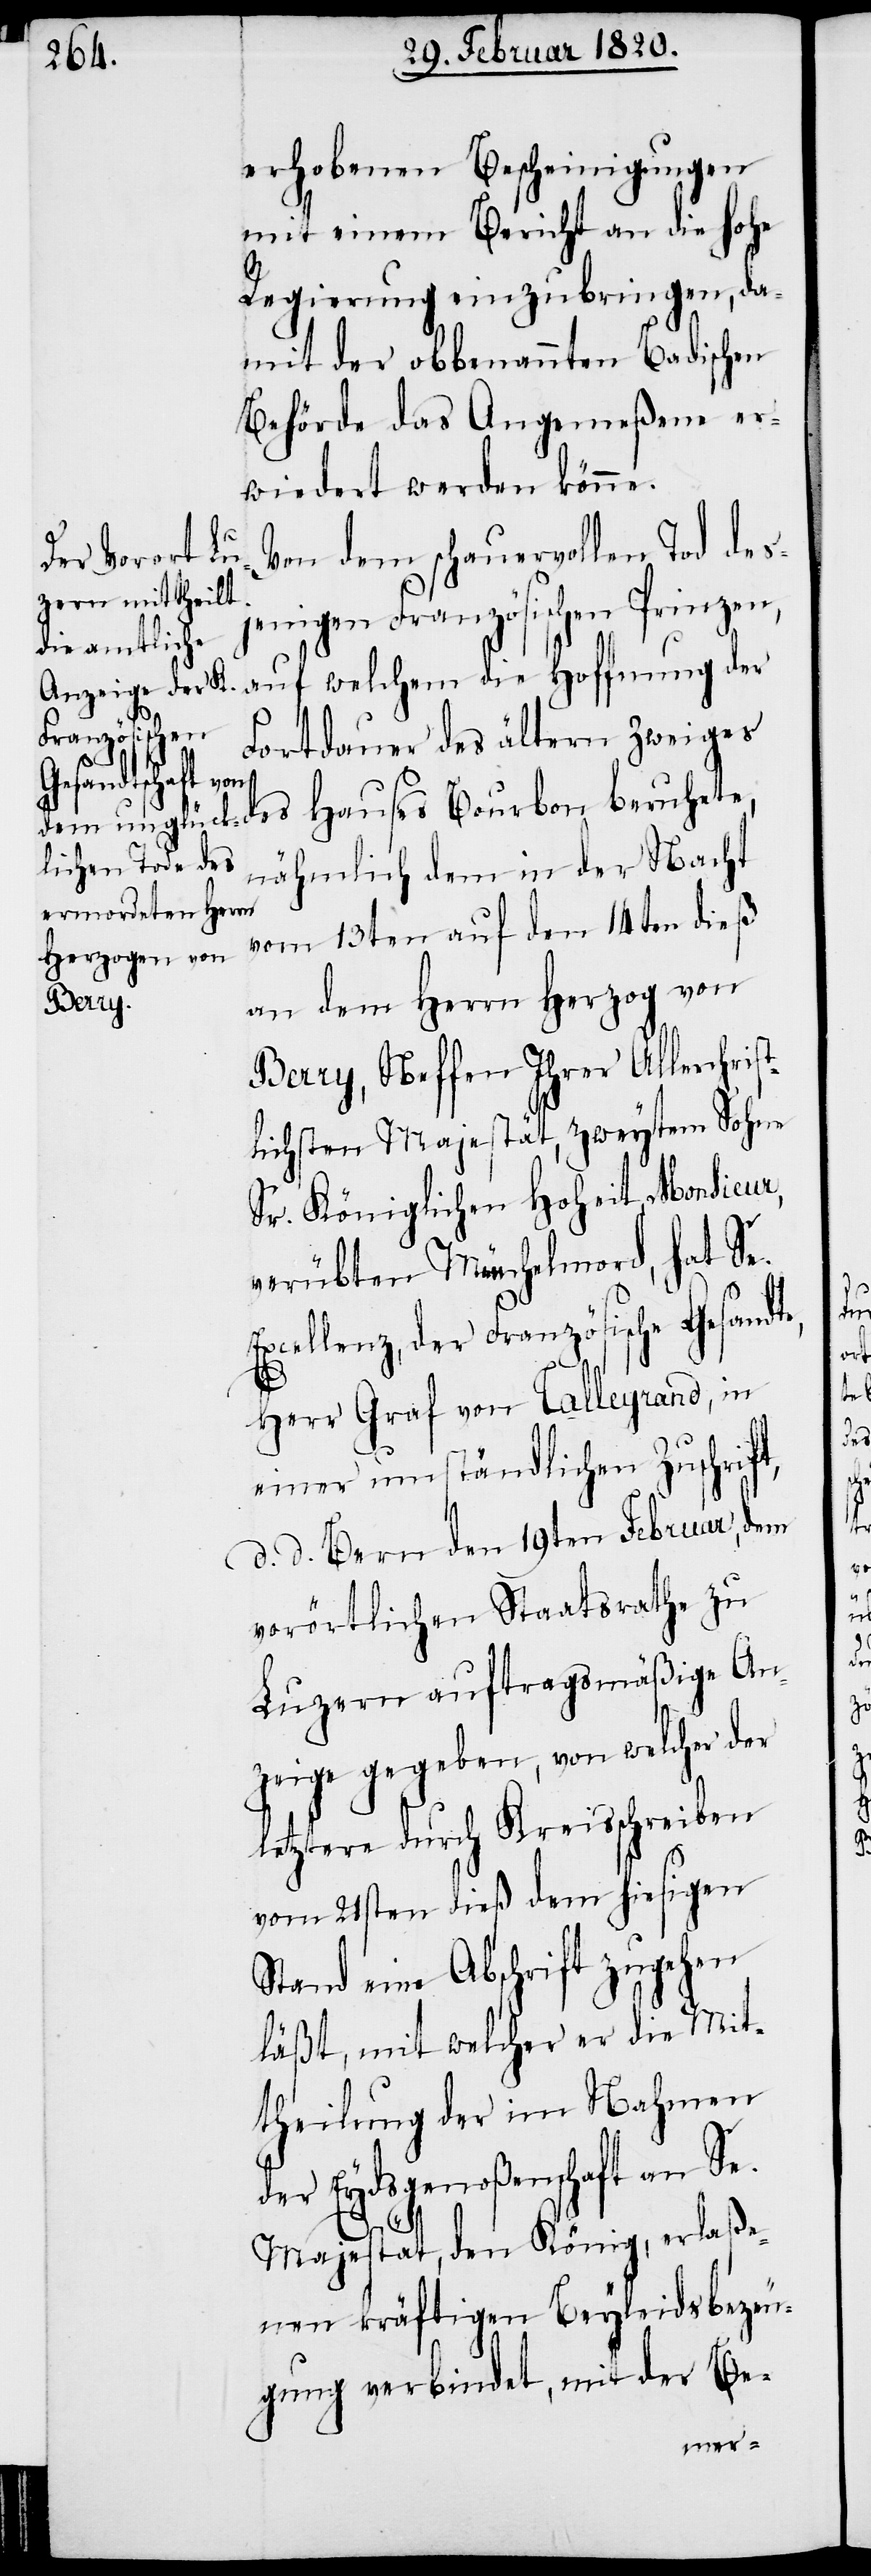
erhobenen Bescheinigungen
mit einem Bericht an die hohe
Regierung einzubringen, da¬
mit der obbenannten Badischen
Behörde das Angemeßene er¬
wiedert werden könne.
Von dem schauervollen Tod des¬
jenigen Französischen Prinzen,
Fortdauer des ältern Zweiges
beruhete,
nähmlich dem in der Nacht
vom 13ten auf den 14ten dieß
an dem Herrn Herzog von
Berry, Neffen Ihrer Allerchris¬
tlichsten Majestät, zweytem Sohne
Sr. Königlichen Hoheit Monsieur,
verübten Meuchelmord, hat Se.
xcellenz, der Französische Gesand¬
Herr Graf von Talleyrand, in
einer umständlichen Zuschrift,
d. d. Bern den 19ten Februar, dem
te,
vorörtlichen Staatsrathe zu
Luzern auftragsmäßige An¬
zeige gegeben, von welcher der
letztere durch Kreisschreiben
vom 21sten dieß dem hiesigen
Stand eine Abschrift zugehen
läßt, mit welcher er die Mit¬
theilung der im Nahmen
der Eydsgenoßenschaft an Se.
Majestät, den König, erlaße¬
nen kräftigen Beyleidsbezeu¬
gung verbindet, mit der Be-